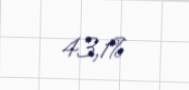
43,1%